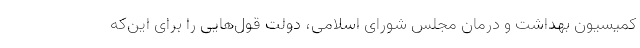
کمیسیون بهداشت و درمان مجلس شورای اسلامی، دولت قول‌هایی را برای این‌که